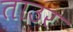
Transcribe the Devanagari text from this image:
ताउर